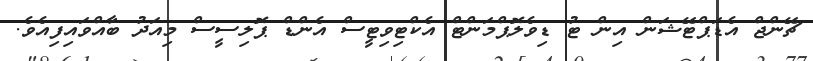
ޗޭންޖް އެޑަޕްޓޭޝަން އިން ޓު ޑިވެލޮޕްމަންޓް އެކްޓިވިޓީސް އެންޑް ޕޮލިސީސް މިއަދު ބާއްވައިފިއެވެ.